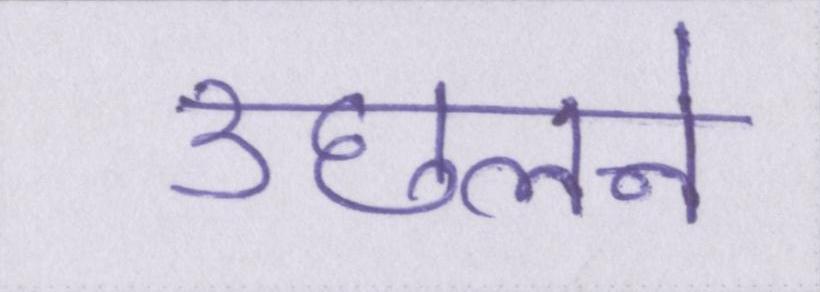
उछलने